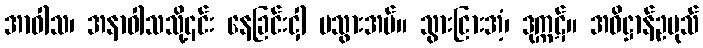
အာဝါသ၊ အနာဝါသသို့၎င်း နေခြင်းငှါ မသွားအပ်။ သွားငြားအံ့၊ ဒုက္ကဋ်။ အဓိဋ္ဌာန်ဥပုသ်